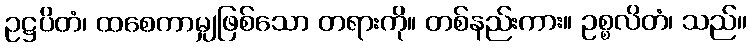
ဥဋ္ဌပိတံ၊ ထစေကာမျှဖြစ်သော တရားကို။ တစ်နည်းကား။ ဥစ္စလိတံ၊ သည်။